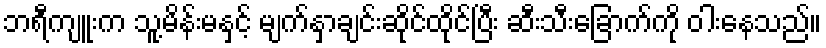
ဘရီကျူးက သူ့မိန်းမနှင့် မျက်နှာချင်းဆိုင်ထိုင်ပြီး ဆီးသီးခြောက်ကို ဝါးနေသည်။